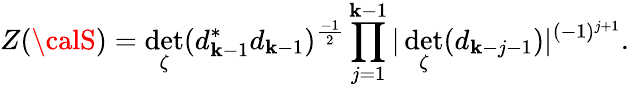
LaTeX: Z({\calS})=\operatorname*{det}_{\zeta}(d_{\mathbf{k}-1}^{*}d_{\mathbf{k}-1})^{\frac{{-1}}{{2}}}\prod_{j=1}^{\mathbf{k}-1}\vert\operatorname*{det}_{\zeta}(d_{\mathbf{k}-j-1})\vert^{(-1)^{j+1}}.